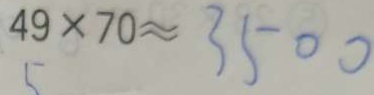
4 9 \times 7 0 \approx 3 5 0 0